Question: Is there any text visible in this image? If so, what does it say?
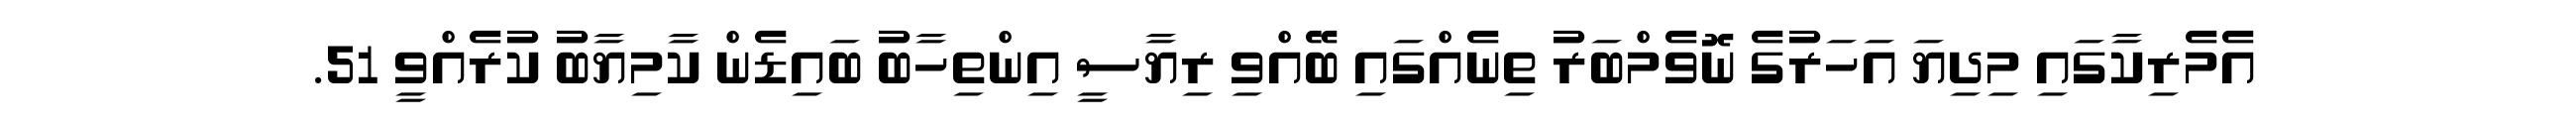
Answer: އެމެރިކާގައި މިދިޔަ އަހަރުގެ ނޮވެމްބަރު ތިނެއްގައި ބޭއްވި ރިޔާސީ އިންތިހާބު ބައިޑެން ކާމިޔާބު ކުރެއްވީ 51.